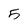
Character: 5